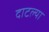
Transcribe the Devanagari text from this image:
दाटल्या